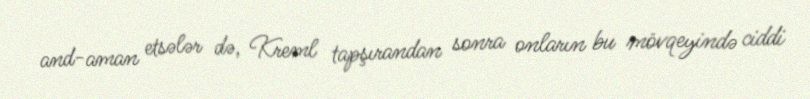
and-aman etsələr də, Kreml tapşırandan sonra onların bu mövqeyində ciddi